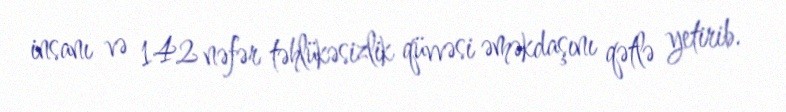
insanı və 142 nəfər təhlükəsizlik qüvvəsi əməkdaşını qətlə yetirib.